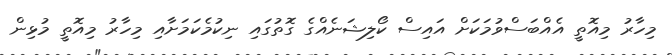
މިހާރު މިއޮތީ އެއްބަސްވުމަކަށް އައިސް ކޯލިޝަނެއްގެ ގޮތުގައި ނިކުމެކަމަށާއި މިހާރު މިއޮތީ މުޅިން